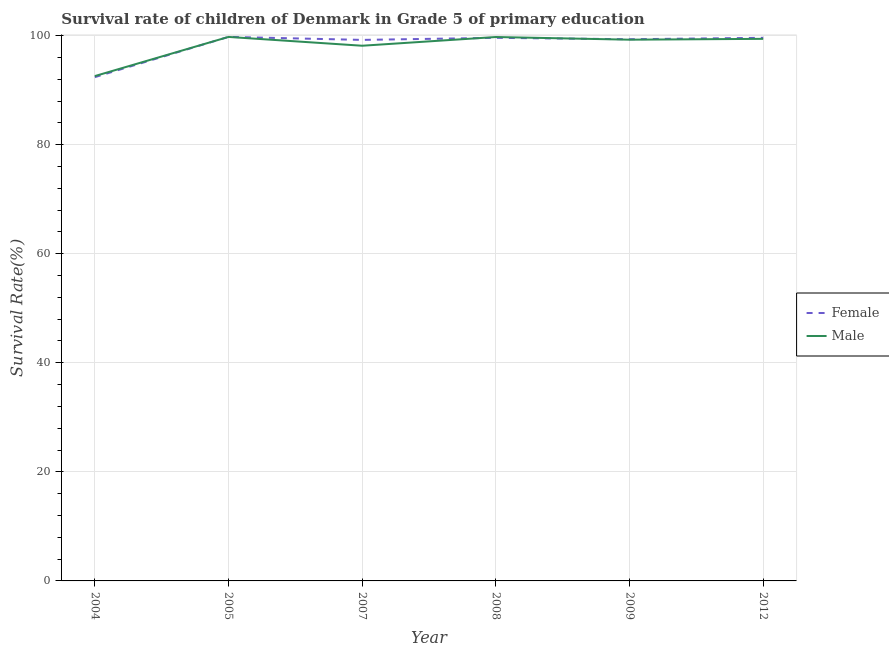
| Year | Female | Male |
 | --- | --- | --- |
 | 2004 | 92.4 | 92.6 |
 | 2005 | 99.8 | 99.8 |
 | 2007 | 99.2 | 98.1 |
 | 2008 | 99.6 | 99.7 |
 | 2009 | 99.3 | 99.2 |
 | 2012 | 99.6 | 99.4 |